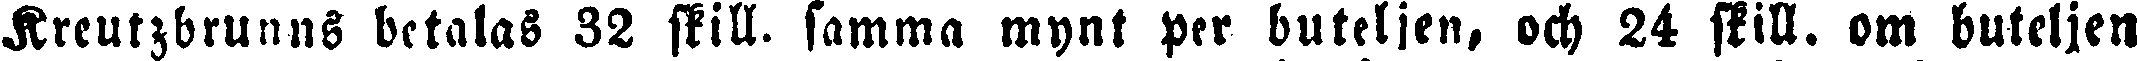
Kreutzbrunns betalas 32 skill, samma mynt per buteljen, och 24 still. om buteljen